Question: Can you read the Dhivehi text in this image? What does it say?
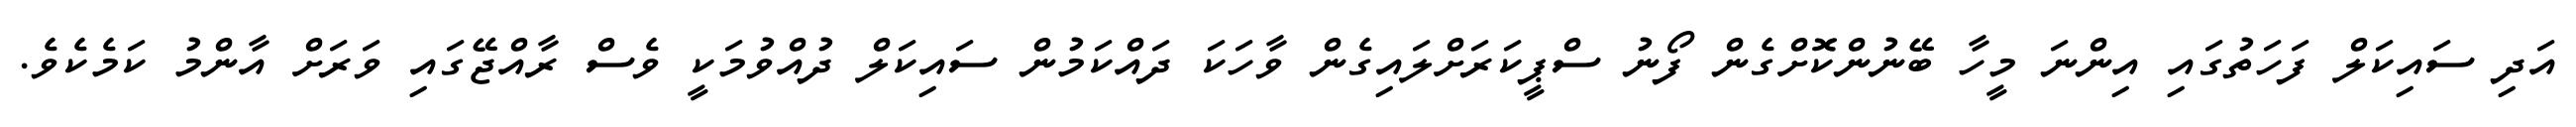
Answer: އަދި ސައިކަލް ފަހަތުގައި އިންނަ މީހާ ބޭނުންކޮށްގެން ފޯނު ސްޕީކަރަށްލައިގެން ވާހަކަ ދައްކަމުން ސައިކަލް ދުއްވުމަކީ ވެސް ރާއްޖޭގައި ވަރަށް އާންމު ކަމެކެވެ.